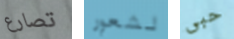
تصارع لشعور حبى